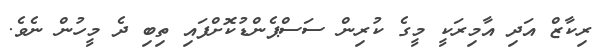
ރިކާޒް އަދި އާމިރަކީ މީގެ ކުރިން ސަސްޕެންޑުކޮށްފައި ތިބި ދެ މީހުން ނެވެ.